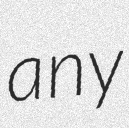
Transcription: any